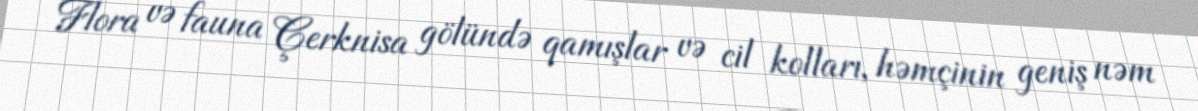
Flora və fauna Çerknisa gölündə qamışlar və cil kolları, həmçinin geniş nəm